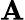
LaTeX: {\cal\mathbf{A}}